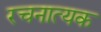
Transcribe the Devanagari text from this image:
रचनात्यक